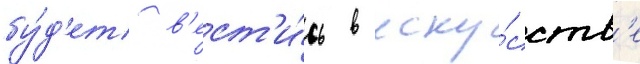
бу́д'ет в'ест'и́сь в иску́сств'е